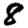
Digit: 8